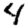
Digit: 4